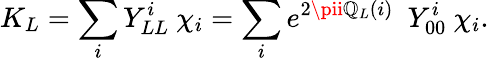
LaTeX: K_{L}=\sum_{i}Y_{LL}^{i}\ \chi_{i}=\sum_{i}e^{2\pii\mathbb{Q}_{L}(i)}\ \ Y_{00}^{i}\ \chi_{i}.